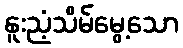
နူးညံ့သိမ်မွေ့သော